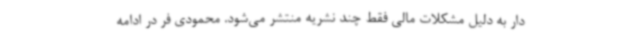
دار به دلیل مشکلات مالی فقط چند نشریه منتشر می‌شود. محمودی فر در ادامه